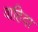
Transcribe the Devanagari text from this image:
वाहिदा